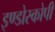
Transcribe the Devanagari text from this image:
इण्डोस्कोपी